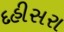
દહીસરા